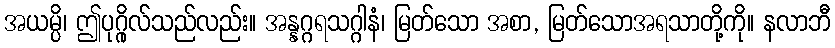
အယမ္ပိ၊ ဤပုဂ္ဂိုလ်သည်လည်း။ အန္နဂ္ဂရသဂ္ဂါနံ၊ မြတ်သော အစာ, မြတ်သောအရသာတို့ကို။ နလာဘီ